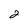
Character: 2